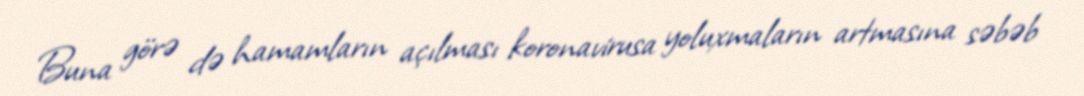
Buna görə də hamamların açılması koronavirusa yoluxmaların artmasına səbəb